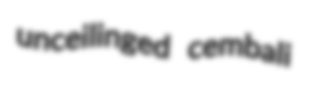
unceilinged cembali